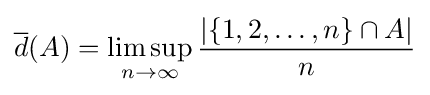
{\overline {d}}(A)=\limsup _{n\rightarrow \infty }{\frac {|\{1,2,\ldots ,n\}\cap A|}{n}}